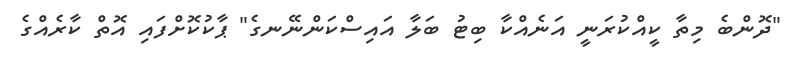
"ދޮންބެ މިތާ ކީއްކުރަނީ އަނެއްކާ ބިޓު ބަލާ އައިސްކަންނޭނގެ" ޕާކުކޮށްފައި އޮތް ކާރެއްގެ